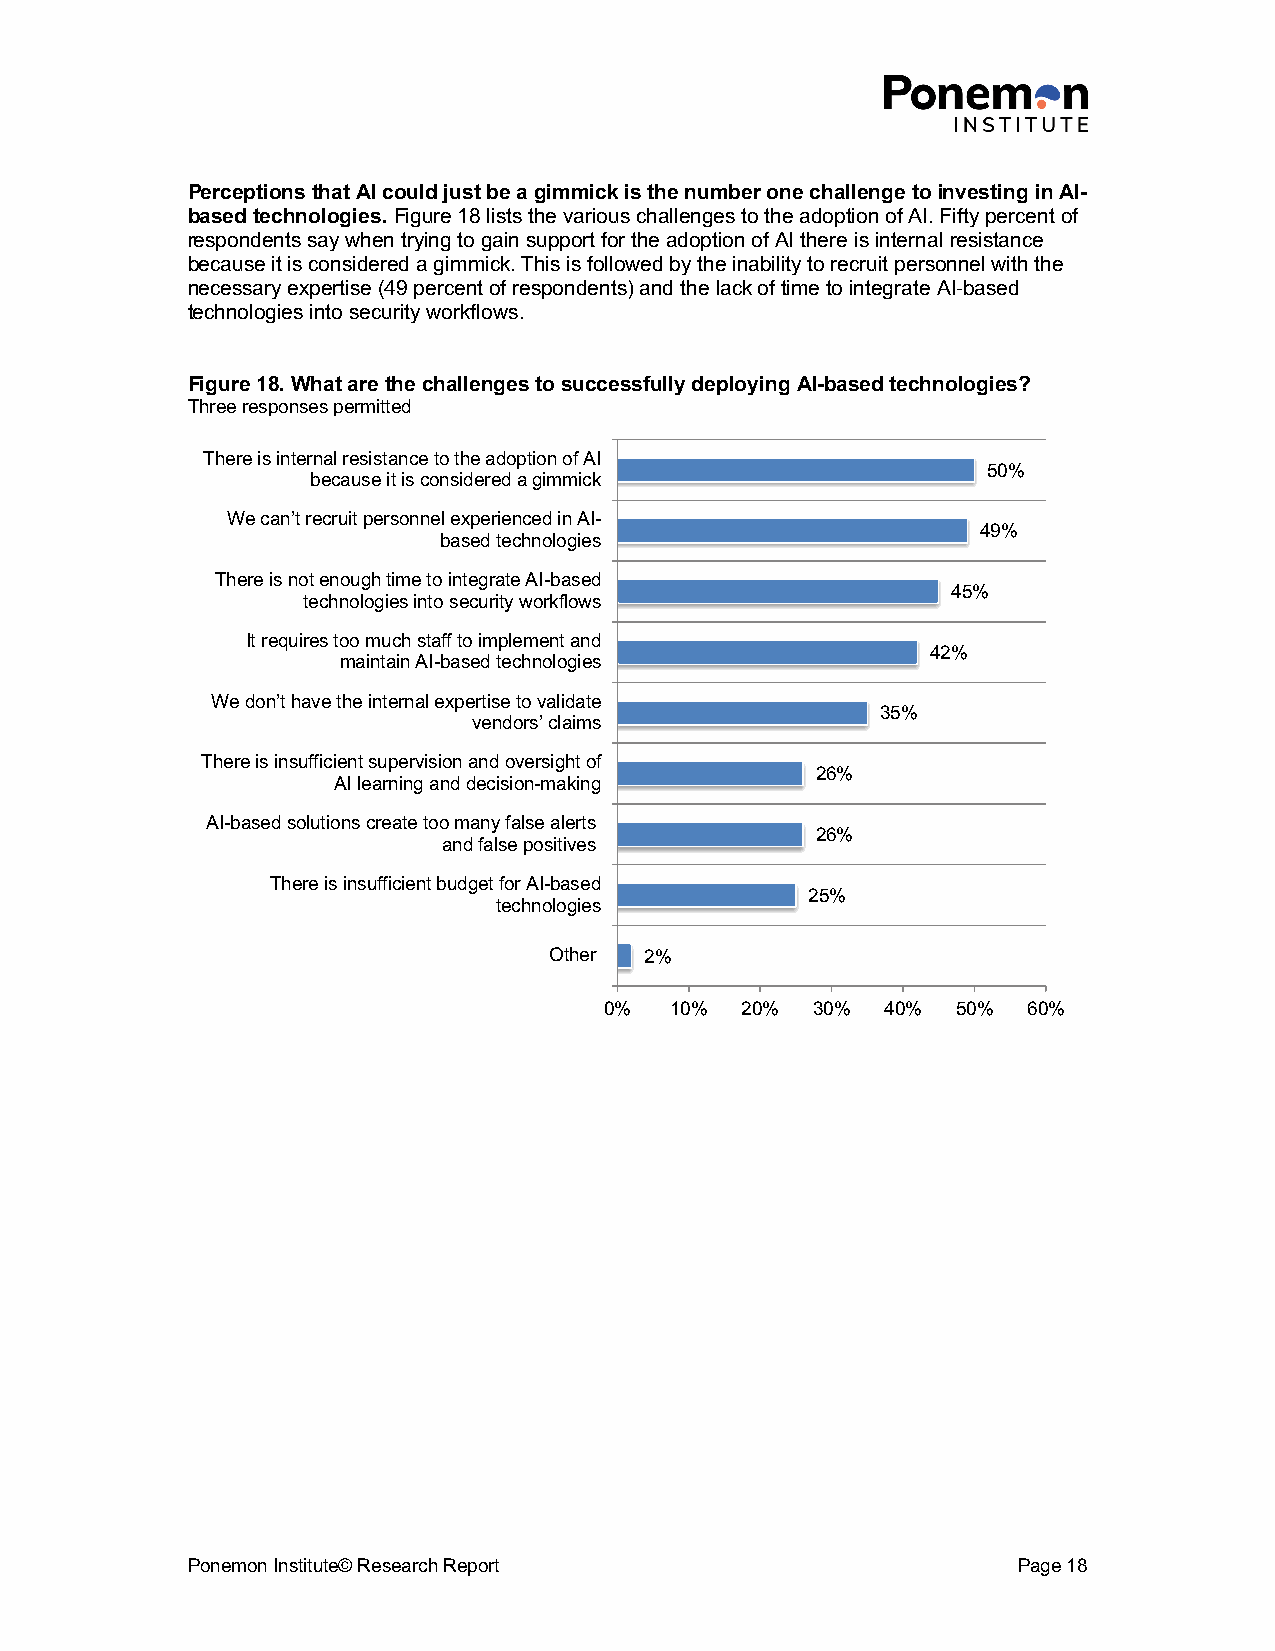
Perceptions that AI could just be a gimmick is the number one challenge to investing in AI-
 based technologies. Figure 18 lists the various challenges to the adoption of AI. Fifty percent of
 respondents say when trying to gain support for the adoption of AI there is internal resistance
 because it is considered a gimmick. This is followed by the inability to recruit personnel with the
 necessary expertise (49 percent of respondents) and the lack of time to integrate AI-based
 technologies into security workflows.
 Figure 18. What are the challenges to successfully deploying AI-based technologies?
 Three responses permitted
 There is internal resistance to the adoption of AI
 50%
 because it is considered a gimmick
 We can’t recruit personnel experienced in AI-
 49%
 based technologies
 There is not enough time to integrate AI-based
 45%
 technologies into security workflows
 It requires too much staff to implement and
 42%
 maintain AI-based technologies
 We don’t have the internal expertise to validate
 35%
 vendors’ claims
 There is insufficient supervision and oversight of
 26%
 AI learning and decision-making
 AI-based solutions create too many false alerts
 26%
 and false positives
 There is insufficient budget for AI-based
 25%
 technologies
 Other  2%
 0%  10%  20%  30%  40% 50%  60%
 Ponemon Institute© Research Report                     Page 18